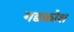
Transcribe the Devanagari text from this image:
गद्यकोश